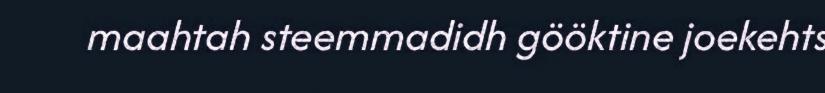
maahtah steemmadidh gööktine joekehts